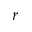
r